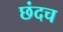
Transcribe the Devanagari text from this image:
छंदच